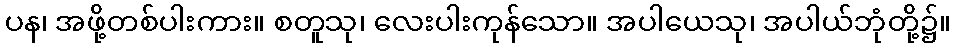
ပန၊ အဖို့တစ်ပါးကား။ စတူသု၊ လေးပါးကုန်သော။ အပါယေသု၊ အပါယ်ဘုံတို့၌။